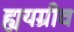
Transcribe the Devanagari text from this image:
ह्ययग्रीव